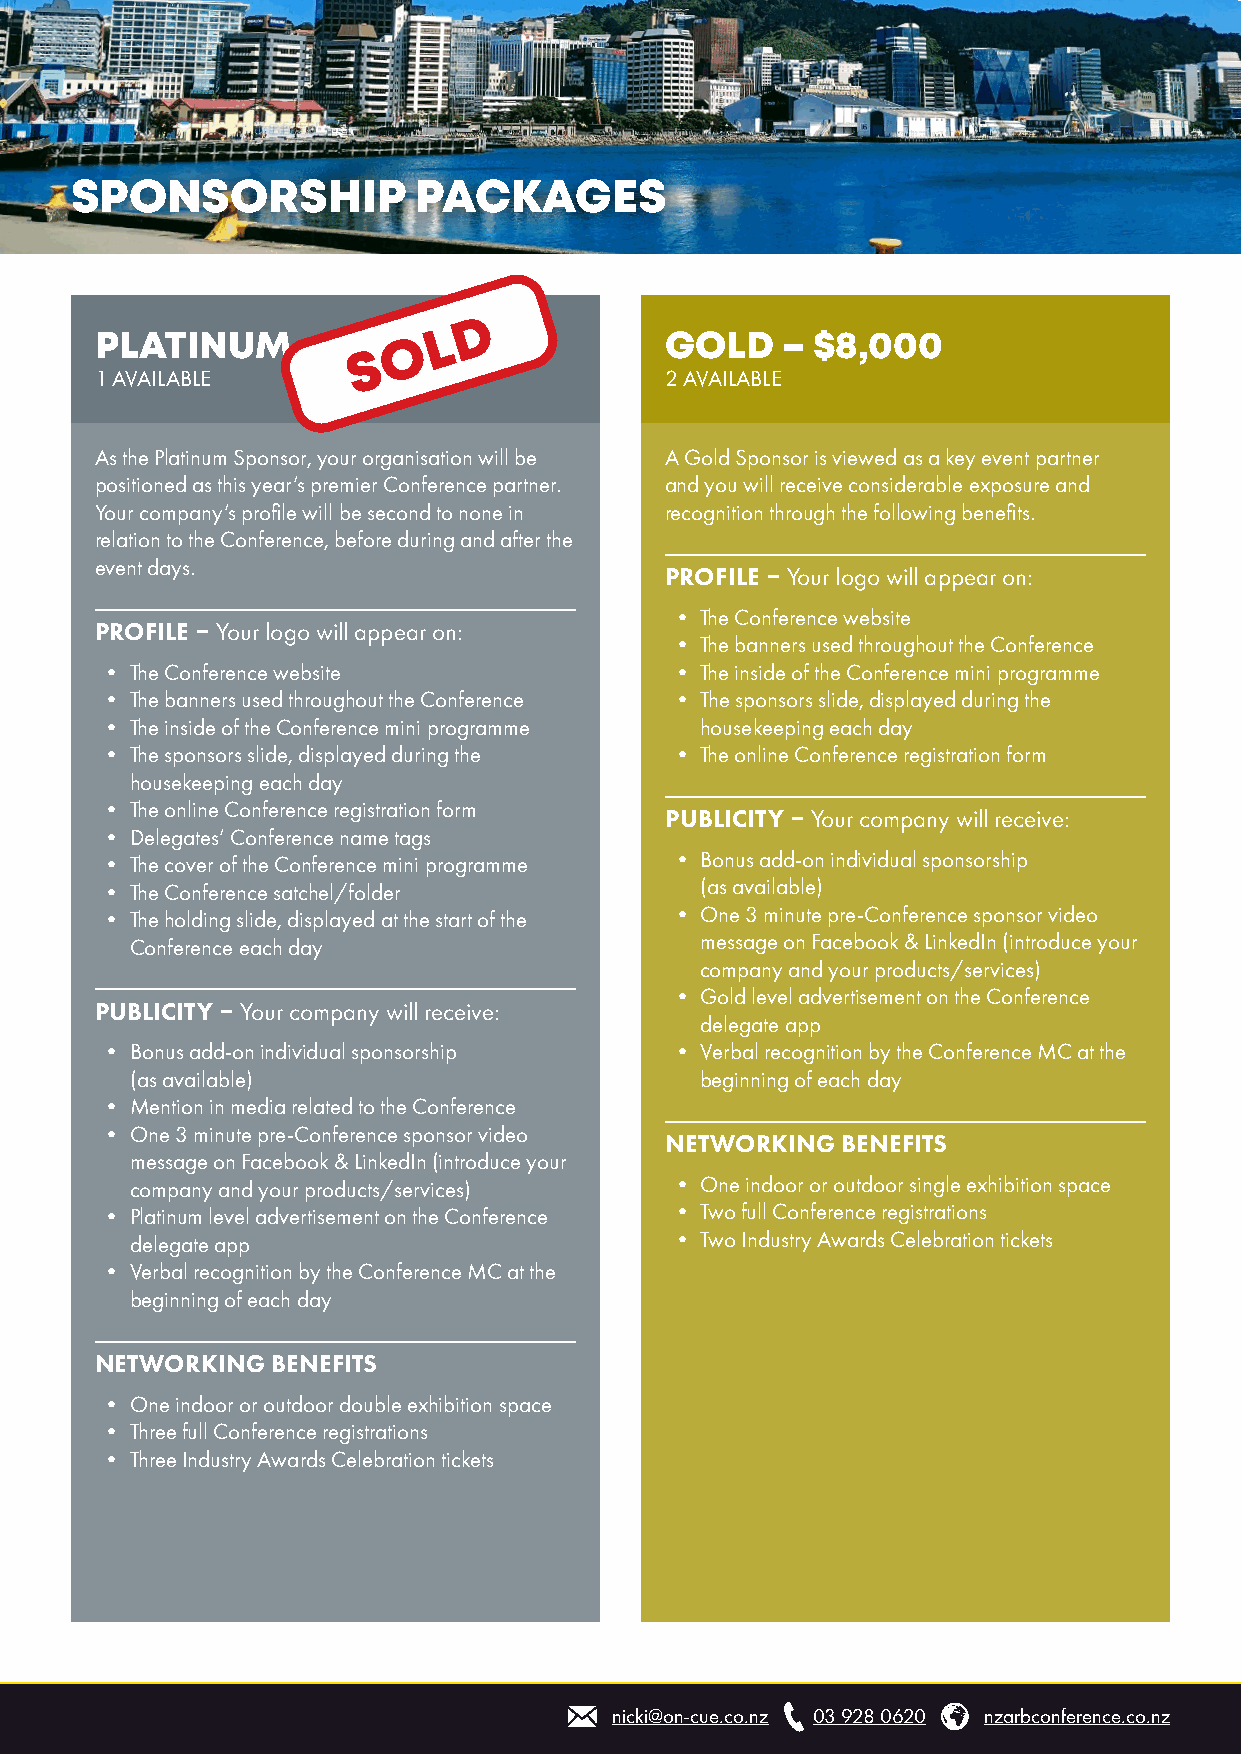
SPONSORSHIP            PACKAGES
 PLATINUM      – $10,000               GOLD    – $8,000
 1 AVAILABLE                           2 AVAILABLE
 As the Platinum Sponsor, your organisation will be A Gold Sponsor is viewed as a key event partner
 positioned as this year’s premier Conference partner. and you will receive considerable exposure and
 Your company’s profile will be second to none in recognition through the following benefits.
 relation to the Conference, before during and after the
 event days.
 PROFILE – Your logo will appear on:
 • The Conference website
 PROFILE – Your logo will appear on:
 • The banners used throughout the Conference
 • The Conference website             • The inside of the Conference mini programme
 • The banners used throughout the Conference • The sponsors slide, displayed during the
 • The inside of the Conference mini programme housekeeping each day
 • The sponsors slide, displayed during the • The online Conference registration form
 housekeeping each day
 • The online Conference registration form
 PUBLICITY – Your company will receive:
 • Delegates’ Conference name tags
 • The cover of the Conference mini programme • Bonus add-on individual sponsorship
 • The Conference satchel/folder        (as available)
 • The holding slide, displayed at the start of the • One 3 minute pre-Conference sponsor video
 Conference each day                  message on Facebook & LinkedIn (introduce your
 company and your products/services)
 • Gold level advertisement on the Conference
 PUBLICITY – Your company will receive:
 delegate app
 • Bonus add-on individual sponsorship • Verbal recognition by the Conference MC at the
 (as available)                       beginning of each day
 • Mention in media related to the Conference
 • One 3 minute pre-Conference sponsor video
 NETWORKING  BENEFITS
 message on Facebook & LinkedIn (introduce your
 company and your products/services) • One indoor or outdoor single exhibition space
 • Platinum level advertisement on the Conference • Two full Conference registrations
 delegate app                       • Two Industry Awards Celebration tickets
 • Verbal recognition by the Conference MC at the
 beginning of each day
 NETWORKING  BENEFITS
 • One indoor or outdoor double exhibition space
 • Three full Conference registrations
 • Three Industry Awards Celebration tickets
 nicki@on-cue.co.nz 03 928 0620 nzarbconference.co.nz